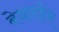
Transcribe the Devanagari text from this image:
बेथलहेम